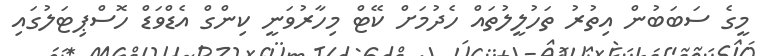
މީގެ ސަބަބުން އިތުރު ތަހުލީލުތައް ހެދުމަށް ކޭޓް މިހާރުވަނީ ކިންގް އެޑްވަޑް ހޮސްޕިޓަލުގައި